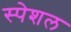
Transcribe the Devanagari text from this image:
स्‍पेशल